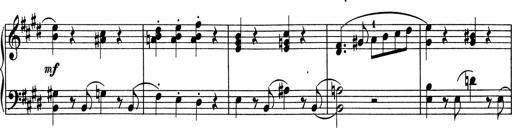
Title: 5 Sonatinen fÃ¼r die Jugend
Composer: Carl Reinecke